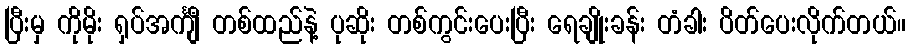
ပြီးမှ ကိုမိုး ရှပ်အင်္ကျီ တစ်ထည်နဲ့ ပုဆိုး တစ်ကွင်းပေးပြီး ရေချိုးခန်း တံခါး ပိတ်ပေးလိုက်တယ်။